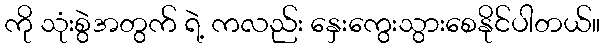
ကို သုံးစွဲအတွက် ရဲ့ ကလည်း နှေးကွေးသွားစေနိုင်ပါတယ်။